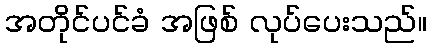
အတိုင်ပင်ခံ အဖြစ် လုပ်ပေးသည်။